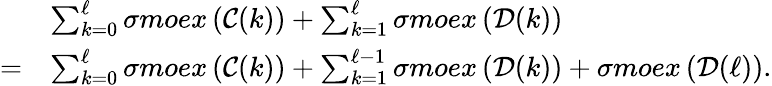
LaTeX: \begin{array}{rl}&{\sum_{k=0}^{\ell}\sigma moex\left(\mathcal{C}(k)\right)+\sum_{k=1}^{\ell}\sigma moex\left(\mathcal{D}(k)\right)}\\ {=}&{\sum_{k=0}^{\ell}\sigma moex\left(\mathcal{C}(k)\right)+\sum_{k=1}^{\ell-1}\sigma moex\left(\mathcal{D}(k)\right)+\sigma moex\left(\mathcal{D}(\ell)\right).}\end{array}